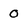
Character: 0